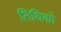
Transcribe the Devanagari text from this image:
तिथिको